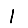
Digit: 1